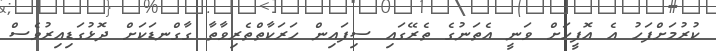
ކުރުމަށްފަހު އެ އޮފީހަށް ވަނީ އެތަނުގެ ތެރޭގައި ސިފައިން ހަރަކާތްތެރިވާތާ ގާގްނޑަކަށް ދޮޅުގަޑިއިރުވެސް